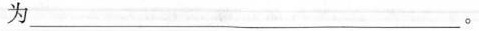
为___。